Leaving Certificate Examination, 1923
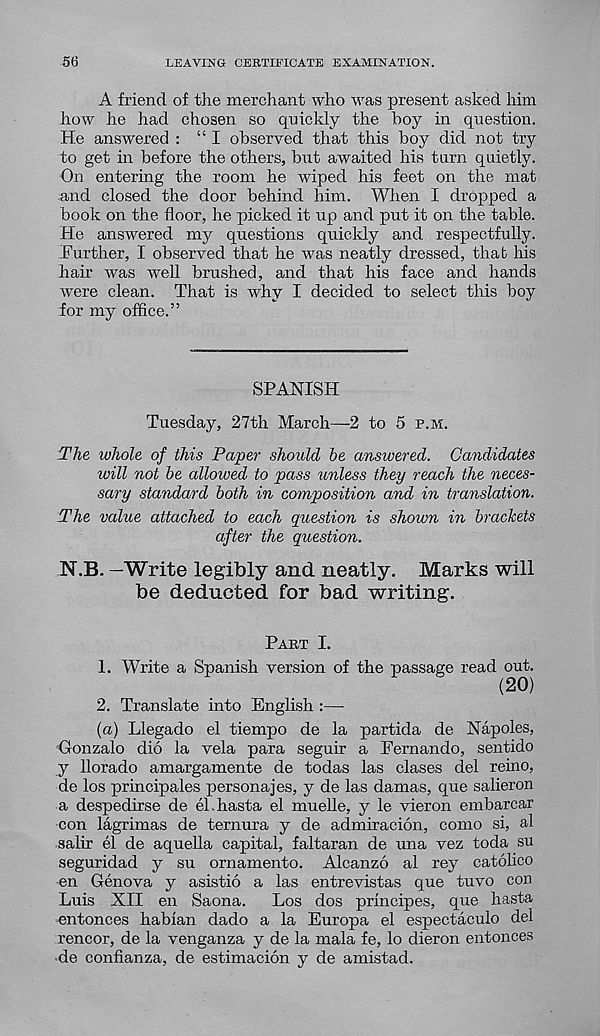
56
LEAVING CERTIFICATE EXAMINATION.
A friend of the merchant who was present asked him
how he had chosen so quickly the boy in question.
He answered : “I observed that this boy did not try
to get in before the others, but awaited his turn quietly.
On entering the room he wiped his feet on the mat
and closed the door behind him. When I dropped a
book on the floor, he picked it up and put it on the table.
He answered my questions quickly and respectfully.
Further, I observed that he was neatly dressed, that his
hair was well brushed, and that his face and hands
were clean. That is why I decided to select this boy
for my office.”
SPANISH
Tuesday, 27th March—2 to 5 p.m.
The whole of this Paper should he answered. Candidates
will not he allowed to pass unless they reach the neces-
sary standard both in composition and in translation.
The value attached to each question is shown in brackets
after the question.
N.B. —Write legibly and neatly. Marks will
be deducted for bad writing.
Part I.
1. Write a Spanish version of the passage read out.
(20)
2. Translate into English :—
{a) Llegado el tiempo de la partida de Napoles,
Gonzalo dio la vela para seguir a Fernando, sentido
y llorado amargamente de todas las clases del reino,
de los principales personajes, y de las damas, que salieron
a despedirse de el.hasta el muelle, y le vieron embarcar
con lagrimas de ternura y de admiracion, como si, al
salir el de aquella capital, faltaran de una vez toda su
seguridad y su ornamento. Alcanzo al rey catolico
en Genova y asistio a las entrevistas que tuvo con
Luis XII en Saona.
Los dos principes, que hasta
entonces habian dado a la Europa el espectaculo del
rencor, de la venganza y de la mala fe, lo dieron entonces
*de confianza, de estimacion y de amistad.